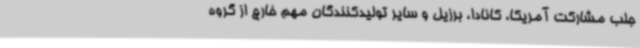
جلب مشارکت آمریکا، کانادا، برزیل و سایر تولیدکنندگان مهم خارج از گروه